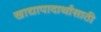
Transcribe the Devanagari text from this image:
खाद्यापादार्थांसाठी